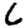
Digit: 6